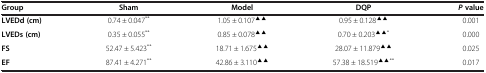
<table><thead><tr><td><b>Group</b></td><td><b>Sham</b></td><td><b>Model</b></td><td><b>DQP</b></td><td><b><i>P </i>value</b></td></tr></thead><tbody><tr><td><b>LVEDd (cm)</b></td><td>0.74 ± 0.047<sup>**</sup></td><td>1.05 ± 0.107<sup>▲▲</sup></td><td>0.95 ± 0.128<sup>▲▲</sup></td><td>0.001</td></tr><tr><td><b>LVEDs (cm)</b></td><td>0.35 ± 0.055<sup>**</sup></td><td>0.85 ± 0.078<sup>▲▲</sup></td><td>0.70 ± 0.203<sup>▲▲*</sup></td><td>0.000</td></tr><tr><td><b>FS</b></td><td>52.47 ± 5.423<sup>**</sup></td><td>18.71 ± 1.675<sup>▲▲</sup></td><td>28.07 ± 11.879<sup>▲▲</sup></td><td>0.025</td></tr><tr><td><b>EF</b></td><td>87.41 ± 4.271<sup>**</sup></td><td>42.86 ± 3.110<sup>▲▲</sup></td><td>57.38 ± 18.519<sup>▲▲**</sup></td><td>0.017</td></tr></tbody></table>